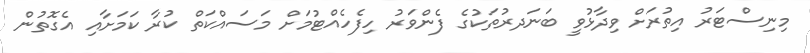
މިނިސްޓަރު އިތުރަށް ވިދާޅުވީ ބަނަދރުތަކުގެ ފެންވަރު ހިފެހެއްޓުމަށް މަސައްކަތް ކުރާ ކަމަށާއި އެގޮތުން